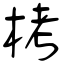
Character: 栲